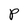
Character: P